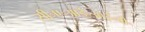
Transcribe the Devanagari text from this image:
सी॰ए॰आई॰आई॰बी॰